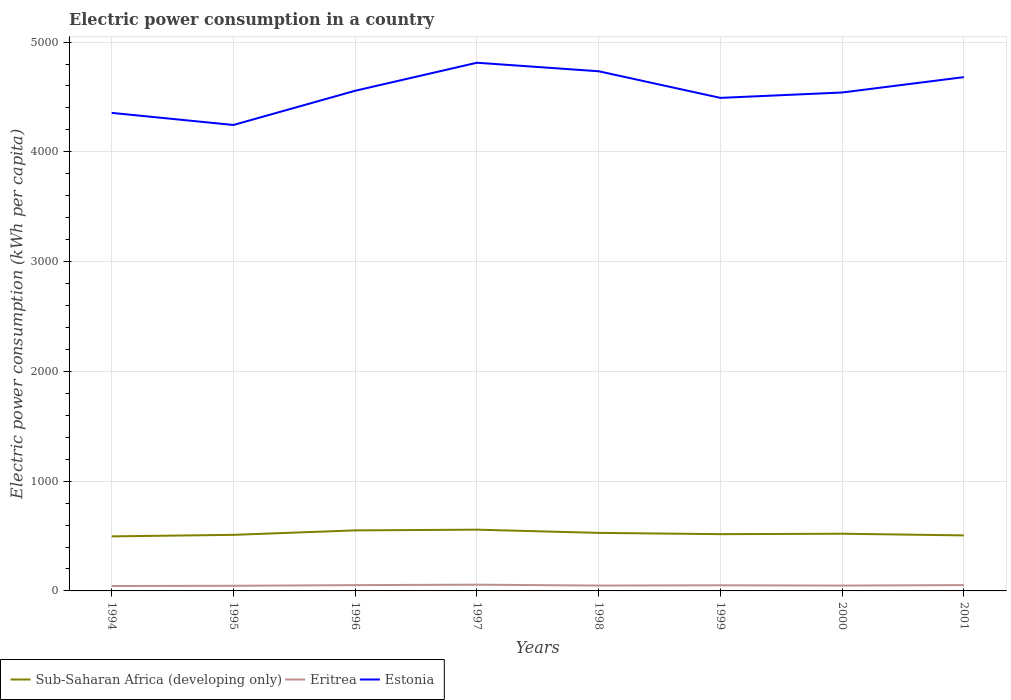
| Years | Sub-Saharan Africa (developing only) | Eritrea | Estonia |
 | --- | --- | --- | --- |
 | 1994 | 497 | 44.8 | 4.35e+03 |
 | 1995 | 511 | 46.8 | 4.24e+03 |
 | 1996 | 552 | 52.8 | 4.56e+03 |
 | 1997 | 558 | 56.7 | 4.81e+03 |
 | 1998 | 529 | 48.8 | 4.73e+03 |
 | 1999 | 517 | 51.3 | 4.49e+03 |
 | 2000 | 521 | 48.7 | 4.54e+03 |
 | 2001 | 506 | 53.1 | 4.68e+03 |